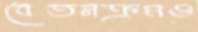
বেতনক্রমও